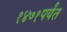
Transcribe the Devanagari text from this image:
१४७१पर्यंत